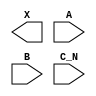
module sky130_fd_sc_ls__or3b (
    X  ,
    A  ,
    B  ,
    C_N
);

    output X  ;
    input  A  ;
    input  B  ;
    input  C_N;

    // Voltage supply signals
    supply1 VPWR;
    supply0 VGND;
    supply1 VPB ;
    supply0 VNB ;

endmodule